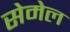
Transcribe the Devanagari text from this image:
सेमेल